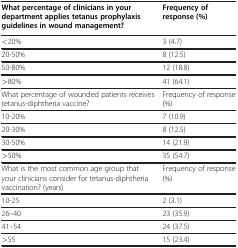
<table><thead><tr><td><b>What percentage of clinicians in your department applies tetanus prophylaxis guidelines in wound management?</b></td><td><b>Frequency of response (%)</b></td></tr></thead><tbody><tr><td>&lt;20%</td><td>3 (4.7)</td></tr><tr><td>20-50%</td><td>8 (12.5)</td></tr><tr><td>50-80%</td><td>12 (18.8)</td></tr><tr><td>&gt;80%</td><td>41 (64.1)</td></tr><tr><td>What percentage of wounded patients receives tetanus-diphtheria vaccine?</td><td>Frequency of response (%)</td></tr><tr><td>10-20%</td><td>7 (10.9)</td></tr><tr><td>20-30%</td><td>8 (12.5)</td></tr><tr><td>30-50%</td><td>14 (21.9)</td></tr><tr><td>&gt;50%</td><td>35 (54.7)</td></tr><tr><td>What is the most common age group that your clinicians consider for tetanus-diphtheria vaccination? (years)</td><td>Frequency of response (%)</td></tr><tr><td>10-25</td><td>2 (3.1)</td></tr><tr><td>26–40</td><td>23 (35.9)</td></tr><tr><td>41–54</td><td>24 (37.5)</td></tr><tr><td>&gt;55</td><td>15 (23.4)</td></tr></tbody></table>